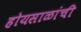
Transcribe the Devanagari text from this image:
होयसाळांची